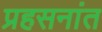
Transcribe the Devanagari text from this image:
प्रहसनांत